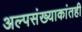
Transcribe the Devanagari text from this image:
अल्पसंख्याकांतही